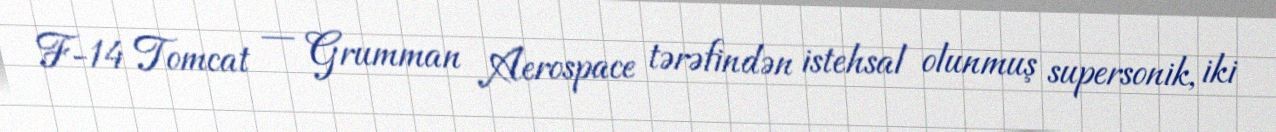
F-14 Tomcat — Grumman Aerospace tərəfindən istehsal olunmuş supersonik, iki